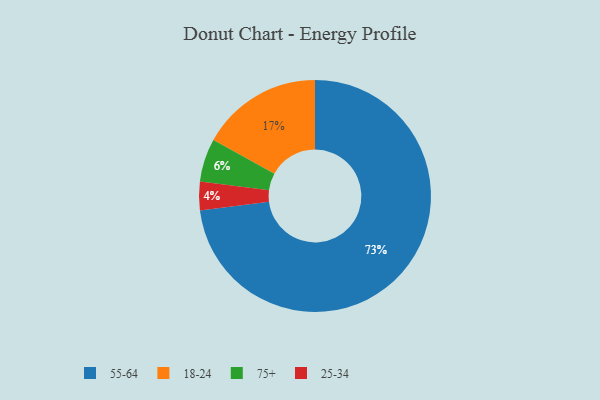
{"axis": {"x": "Category", "y": "Percentage"}, "legend": ["18-24", "25-34", "55-64", "75+"], "data": [{"x": "75+", "y": 6, "type": "75+"}, {"x": "25-34", "y": 4, "type": "25-34"}, {"x": "55-64", "y": 73, "type": "55-64"}, {"x": "18-24", "y": 17, "type": "18-24"}]}